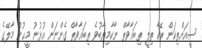
ސީއަށްތިކަން ރޭކާ ތިލީ ތިބަޣާވާތް ނާކާމިޔާބުވެ ތިބަޣާވާތް ގެންނަން އުޅުނު މީޙުން މާލޭގެ